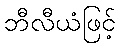
ဘီလီယံဖြင့်